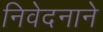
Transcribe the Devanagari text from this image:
निवेदनाने